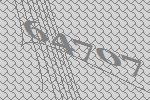
64707